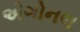
એગોનલ